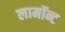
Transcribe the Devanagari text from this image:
लामॉन्ट